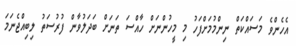
އެހެންވެ މަސައްކަތް ނިންމުމަށްފަހު މި މީހުންނަށް ހާއްސަ ތަނަށް ބަދަލުވާން ފުރުސަތު ލިބިއްޖެނަމަ